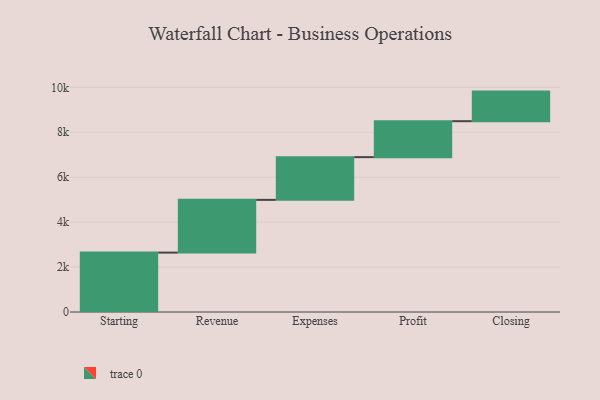
{"axis": {"x": "Step", "y": "Value"}, "legend": [""], "data": [{"x": "Starting", "y": 2643.0, "type": ""}, {"x": "Revenue", "y": 2348.0, "type": ""}, {"x": "Expenses", "y": 1901.0, "type": ""}, {"x": "Profit", "y": 1600.0, "type": ""}, {"x": "Closing", "y": 1317.0, "type": ""}]}